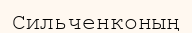
Сильченконың